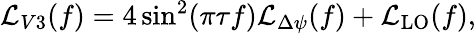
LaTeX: \begin{array}{r}{\mathcal{L}_{V3}(f)=4\sin^{2}(\pi\tau f)\mathcal{L}_{\Delta\psi}(f)+\mathcal{L}_{\mathrm{LO}}(f),}\end{array}